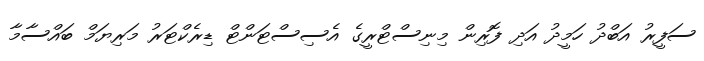
ސަފީރު އަބްދު ހަމީދު އަދި ފޮރިން މިނިސްޓްރީގެ އެސިސްޓަންޓް ޑިރެކްޓަރު މަރިޔަމް ބައްސާމާ